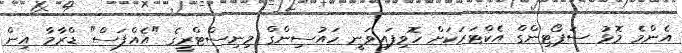
އެންމެ މޮޅު ސަޕޯޓިންގް އެކްޓަރަކަށް ހޮވިފައިވަނީ ހައުސިންގް މިނިސްޓްރީގެ "އެއްފަސް" ޑްރާމާ އިން